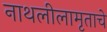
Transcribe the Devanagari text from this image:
नाथलीलामृताचे